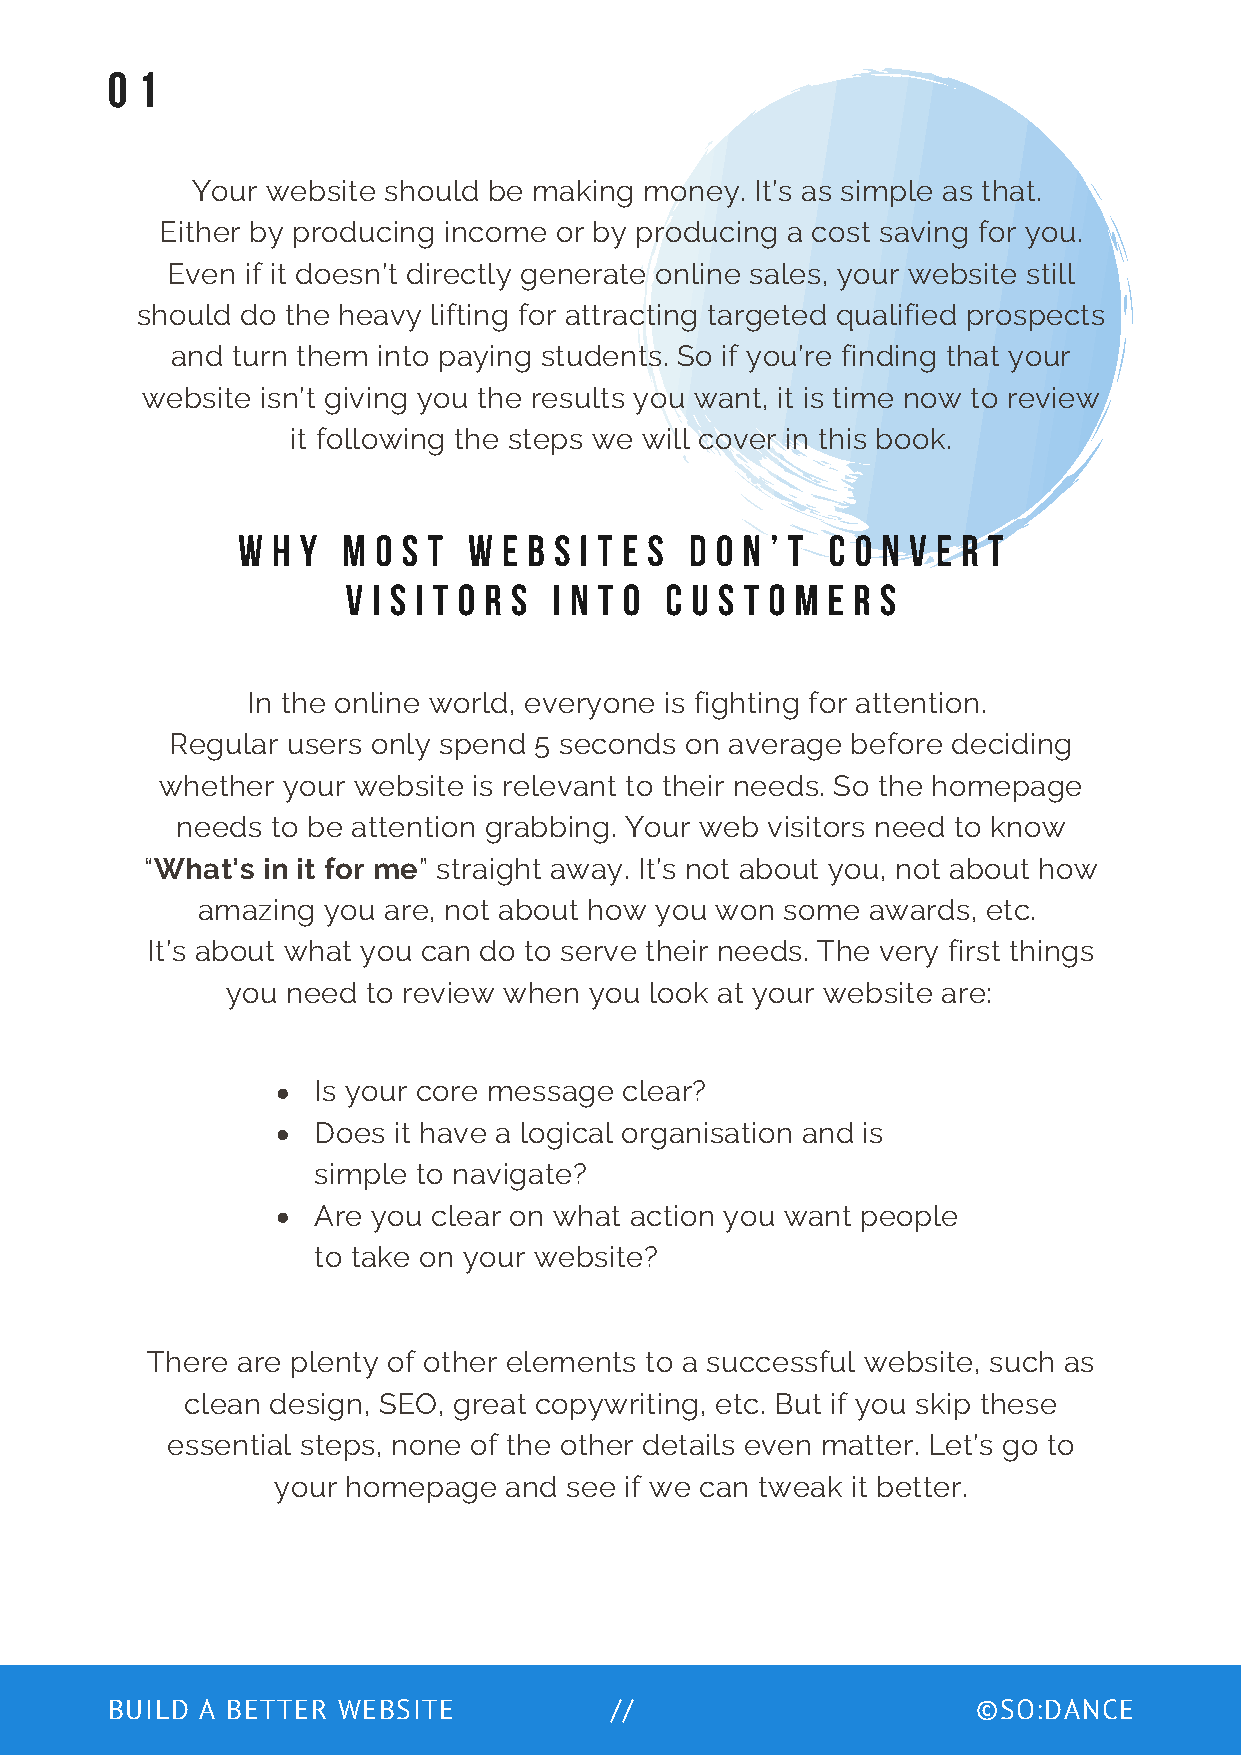
0 1
 Your website should be making money. It’s as simple as that.
 Either by producing income or by producing a cost saving for you.
 Even if it doesn’t directly generate online sales, your website still
 should do the heavy lifting for attracting targeted qualified prospects
 and turn them into paying students. So if you’re finding that your
 website isn’t giving you the results you want, it is time now to review
 it following the steps we will cover in this book.
 W H Y  M O S T W E B S I T E S D O N ’ T C O N V E R T
 V I S I T O R S I N T O C U S T O M E R S
 In the online world, everyone is fighting for attention.
 Regular users only spend 5 seconds on average before deciding
 whether your website is relevant to their needs. So the homepage
 needs to be attention grabbing. Your web visitors need to know
 “What’s in it for me” straight away. It’s not about you, not about how
 amazing you are, not about how you won some  awards, etc.
 It’s about what you can do to serve their needs. The very first things
 you need to review when you look at your website are:
 Is your core message clear?
 Does it have a logical organisation and is
 simple to navigate?
 Are you clear on what action you want people
 to take on your website?
 There are plenty of other elements to a successful website, such as
 clean design, SEO, great copywriting, etc. But if you skip these
 essential steps, none of the other details even matter. Let’s go to
 your homepage  and see if we can tweak it better.
 BUILD A BETTER WEBSITE           //                       ©SO:DANCE